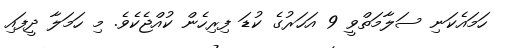
ހަމައެކަނި ސަލާމަތްވީ 9 އަހަރުގެ ކުޑަ ފިރިހެން ކުއްޖެކެވެ. މި ހަމަލާ ދީފައި